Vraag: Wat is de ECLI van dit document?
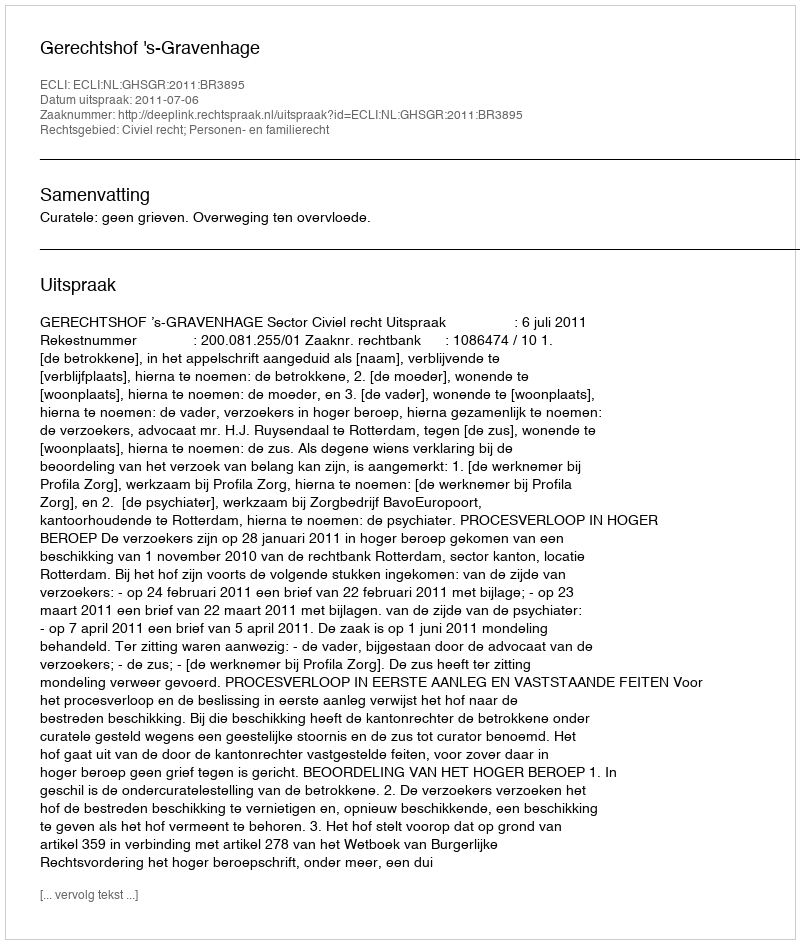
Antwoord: ECLI:NL:GHSGR:2011:BR3895